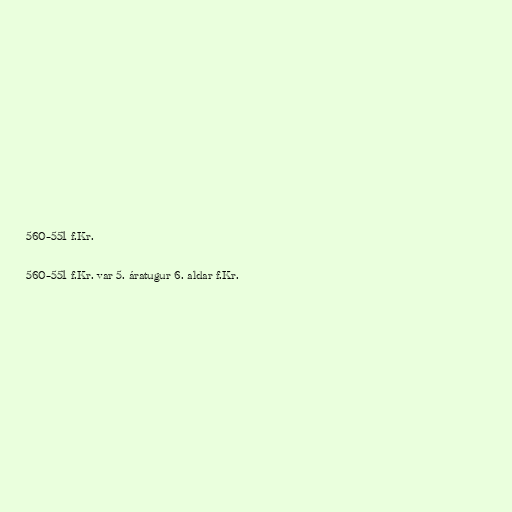
560–551 f.Kr.

560–551 f.Kr. var 5. áratugur 6. aldar f.Kr.